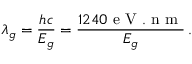
\lambda _ { g } = \frac { h c } { E _ { g } } = \frac { 1 2 4 0 \mathrm { ~ e ~ V ~ . ~ n ~ m ~ } } { E _ { g } } \, .